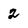
Character: 2